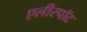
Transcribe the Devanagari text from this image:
एलीस्पॉट